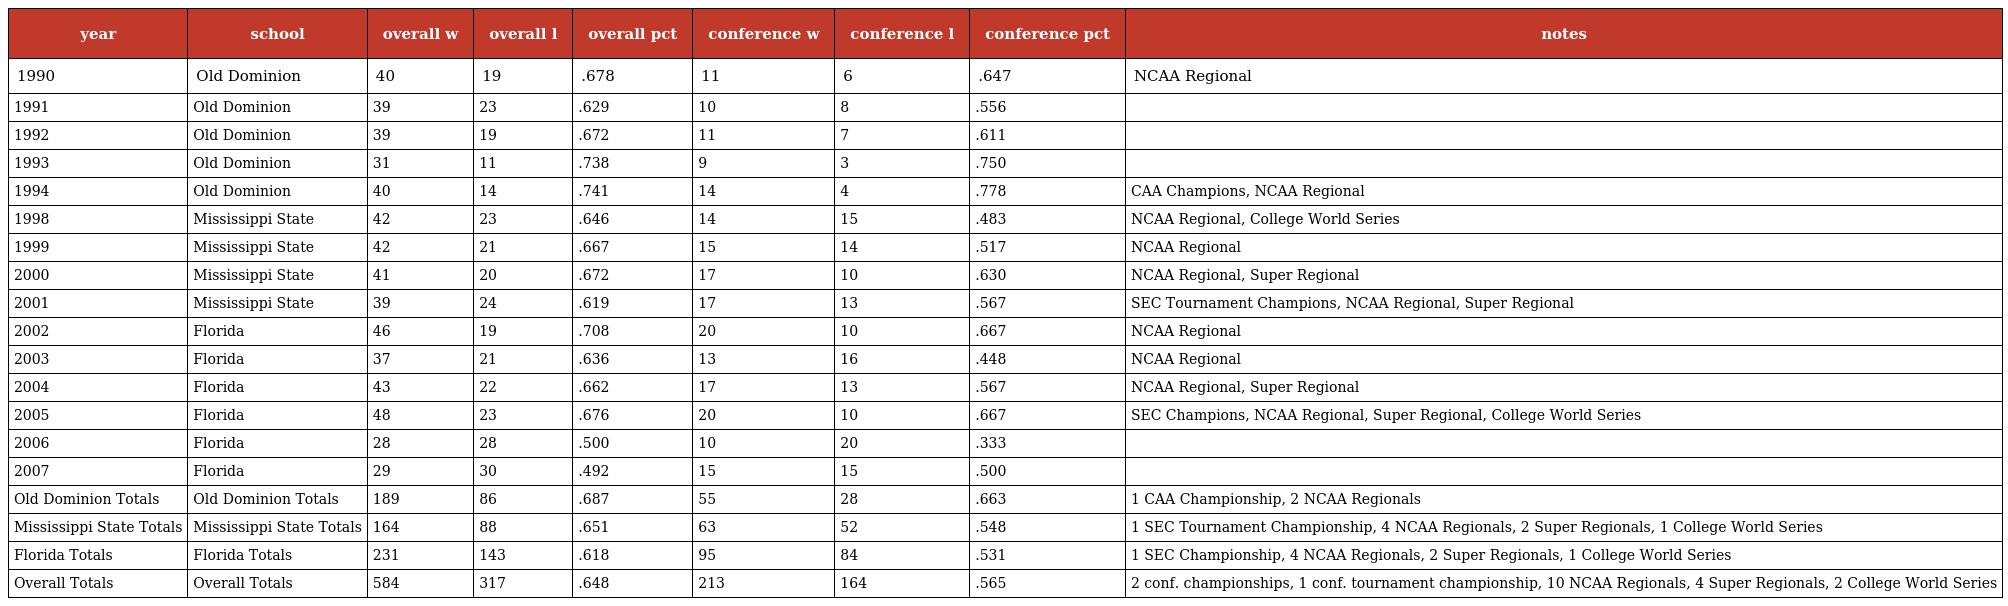
| year | school | overall w | overall l | overall pct | conference w | conference l | conference pct | notes |
 | --- | --- | --- | --- | --- | --- | --- | --- | --- |
 | 1990 | Old Dominion | 40 | 19 | .678 | 11 | 6 | .647 | NCAA Regional |
 | 1991 | Old Dominion | 39 | 23 | .629 | 10 | 8 | .556 |  |
 | 1992 | Old Dominion | 39 | 19 | .672 | 11 | 7 | .611 |  |
 | 1993 | Old Dominion | 31 | 11 | .738 | 9 | 3 | .750 |  |
 | 1994 | Old Dominion | 40 | 14 | .741 | 14 | 4 | .778 | CAA Champions, NCAA Regional |
 | 1998 | Mississippi State | 42 | 23 | .646 | 14 | 15 | .483 | NCAA Regional, College World Series |
 | 1999 | Mississippi State | 42 | 21 | .667 | 15 | 14 | .517 | NCAA Regional |
 | 2000 | Mississippi State | 41 | 20 | .672 | 17 | 10 | .630 | NCAA Regional, Super Regional |
 | 2001 | Mississippi State | 39 | 24 | .619 | 17 | 13 | .567 | SEC Tournament Champions, NCAA Regional, Super Regional |
 | 2002 | Florida | 46 | 19 | .708 | 20 | 10 | .667 | NCAA Regional |
 | 2003 | Florida | 37 | 21 | .636 | 13 | 16 | .448 | NCAA Regional |
 | 2004 | Florida | 43 | 22 | .662 | 17 | 13 | .567 | NCAA Regional, Super Regional |
 | 2005 | Florida | 48 | 23 | .676 | 20 | 10 | .667 | SEC Champions, NCAA Regional, Super Regional, College World Series |
 | 2006 | Florida | 28 | 28 | .500 | 10 | 20 | .333 |  |
 | 2007 | Florida | 29 | 30 | .492 | 15 | 15 | .500 |  |
 | Old Dominion Totals | Old Dominion Totals | 189 | 86 | .687 | 55 | 28 | .663 | 1 CAA Championship, 2 NCAA Regionals |
 | Mississippi State Totals | Mississippi State Totals | 164 | 88 | .651 | 63 | 52 | .548 | 1 SEC Tournament Championship, 4 NCAA Regionals, 2 Super Regionals, 1 College World Series |
 | Florida Totals | Florida Totals | 231 | 143 | .618 | 95 | 84 | .531 | 1 SEC Championship, 4 NCAA Regionals, 2 Super Regionals, 1 College World Series |
 | Overall Totals | Overall Totals | 584 | 317 | .648 | 213 | 164 | .565 | 2 conf. championships, 1 conf. tournament championship, 10 NCAA Regionals, 4 Super Regionals, 2 College World Series |